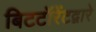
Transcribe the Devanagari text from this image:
बिटटॉरेंटद्वारे